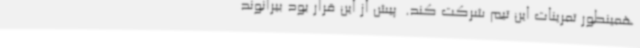
همینطور تمرینات این تیم شرکت کند. ‌ پیش از این قرار بود بیرانوند